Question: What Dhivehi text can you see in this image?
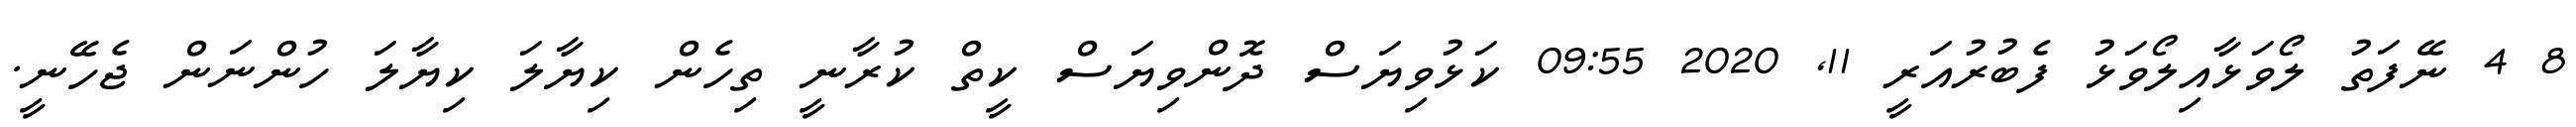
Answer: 8 4 ނޭފަތު ލޯވަޅާއިލޯވަޅު ފެބުރުއަރީ 11, 2020 09:55 ކަޅުވިޔަސް ދޮންވިޔަސް ކީތް ކުރާނީ ތިހެން ކިޔާލަ ކިޔާލަ ހުންނަން ޖެހޭނީ.